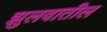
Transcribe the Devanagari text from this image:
झुलवातील